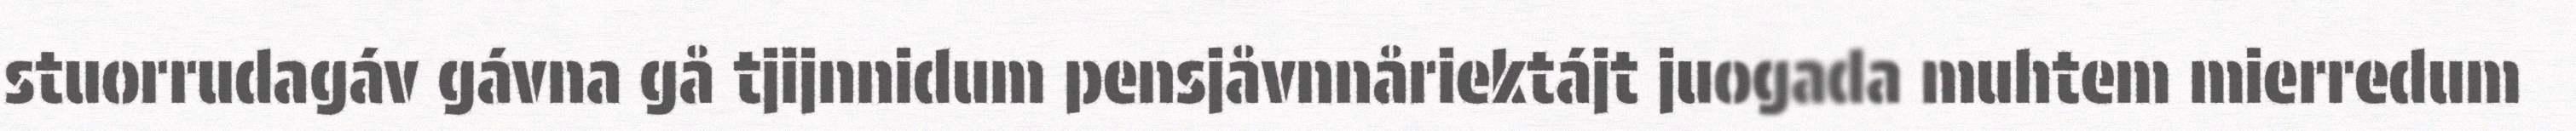
stuorrudagáv gávna gå tjijnnidum pensjåvnnåriektájt juogada muhtem mierredum